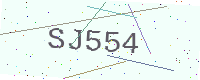
Text: SJ554